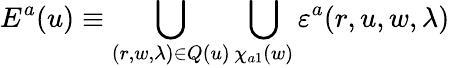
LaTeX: E^{a}(u)\equiv\bigcup_{(r,w,\lambda)\in Q(u)}\bigcup_{\chi_{a1}(w)}\varepsilon^{a}(r,u,w,\lambda)